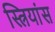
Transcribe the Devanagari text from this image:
स्त्रियांस